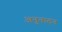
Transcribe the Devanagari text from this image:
अनुनादन